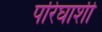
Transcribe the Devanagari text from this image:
परिघाशी